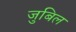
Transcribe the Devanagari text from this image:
जुबिल